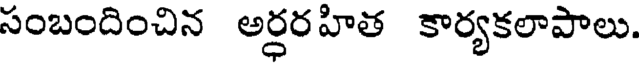
సంబందించిన అర్ధరహిత కార్యకలాపాలు.